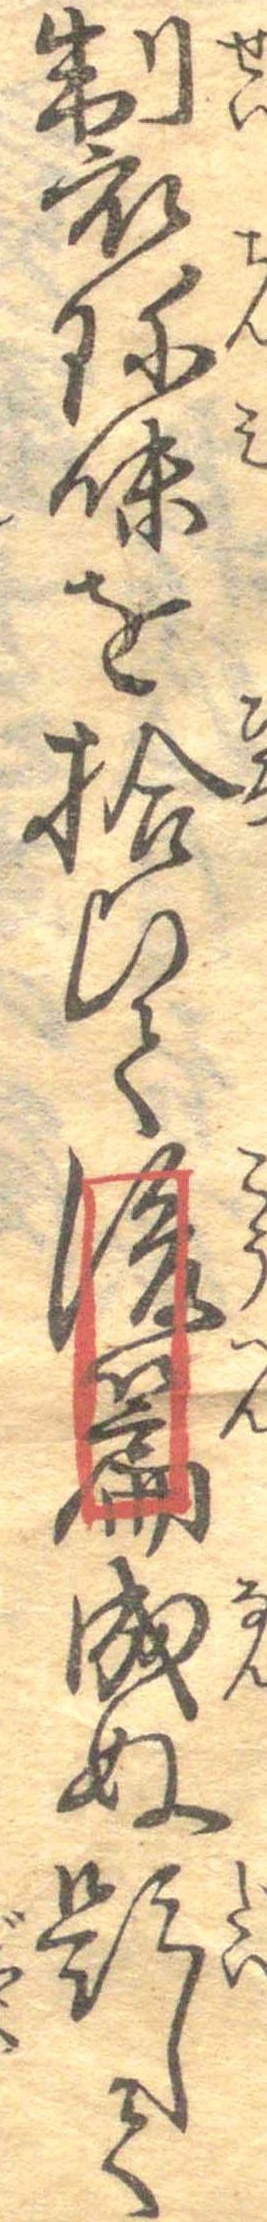
製珍味を拾ひて後篇成ぬ題して